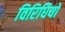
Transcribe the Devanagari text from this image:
विरिधियों